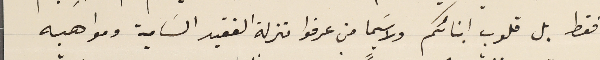
فقط بل قلوب ابنائكم ولا سَيما من عرفوا منزلة الفقيد السَامية ومواهبه